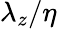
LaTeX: \lambda_{z}/\eta